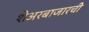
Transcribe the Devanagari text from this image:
शेअरबाजारची